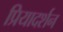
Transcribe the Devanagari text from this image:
प्रियादर्शन